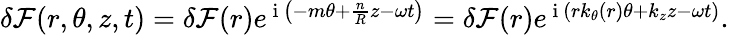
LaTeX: \begin{array}{r}{\delta\mathcal{F}(r,\theta,z,t)=\delta\mathcal{F}(r)e^{\mathrm{~i~}\left(-m\theta+\frac{n}{R}z-\omega t\right)}=\delta\mathcal{F}(r)e^{\mathrm{~i~}\left(rk_{\theta}(r)\theta+k_{z}z-\omega t\right)}.}\end{array}